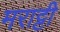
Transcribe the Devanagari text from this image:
मराट्टी